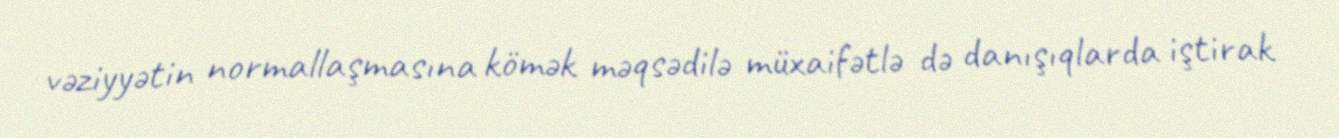
vəziyyətin normallaşmasına kömək məqsədilə müxaifətlə də danışıqlarda iştirak